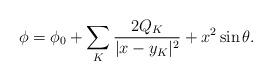
LaTeX: \begin{align*}\phi=\phi_0+\sum_K{{2Q_K}\over{|x-y_K|^2}}+x^2\sin\theta.\end{align*}